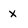
Character: x